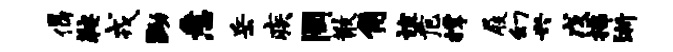
偈鞍戎黝悉岳疾罔散角谊危撑屐幻兴戊拂浙